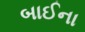
બાઈના